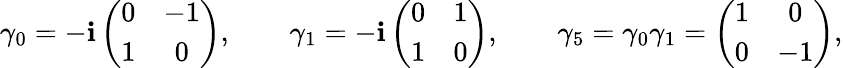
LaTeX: \gamma_{0}=-\mathbf{i}\left(\begin{array}{cc}{{0}}&{{-1}}\\ {{1}}&{{0}}\end{array}\right),\qquad\gamma_{1}=-\mathbf{i}\left(\begin{array}{cc}{{0}}&{{1}}\\ {{1}}&{{0}}\end{array}\right),\qquad\gamma_{5}=\gamma_{0}\gamma_{1}=\left(\begin{array}{cc}{{1}}&{{0}}\\ {{0}}&{{-1}}\end{array}\right),